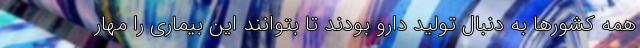
همه کشورها به دنبال تولید دارو بودند تا بتوانند این بیماری را مهار